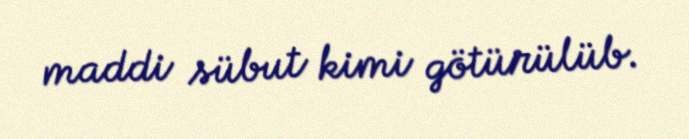
maddi sübut kimi götürülüb.